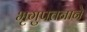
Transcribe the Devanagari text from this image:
भृगुपतनाने